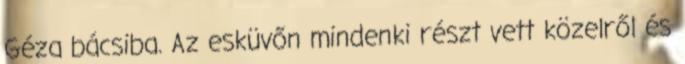
Géza bácsiba. Az esküvőn mindenki részt vett közelről és